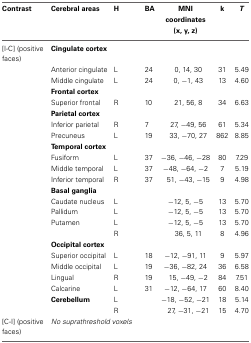
<table><thead><tr><td><b>Contrast</b></td><td><b>Cerebral areas</b></td><td><b>H</b></td><td><b>BA</b></td><td><b>MNI coordinates (x, y, z)</b></td><td><b>k</b></td><td><b><i>T</i></b></td></tr></thead><tbody><tr><td>[I-C] (positive faces)</td><td colspan="6"><b>Cingulate cortex</b></td></tr><tr><td></td><td>Anterior cingulate</td><td>L</td><td>24</td><td>0, 14, 30</td><td>31</td><td>5.49</td></tr><tr><td></td><td>Middle cingulate</td><td>L</td><td>24</td><td>0, −1, 43</td><td>13</td><td>4.60</td></tr><tr><td></td><td colspan="6"><b>Frontal cortex</b></td></tr><tr><td></td><td>Superior frontal</td><td>R</td><td>10</td><td>21, 56, 8</td><td>34</td><td>6.63</td></tr><tr><td></td><td colspan="6"><b>Parietal cortex</b></td></tr><tr><td></td><td>Inferior parietal</td><td>R</td><td>7</td><td>27, −49, 56</td><td>61</td><td>5.34</td></tr><tr><td></td><td>Precuneus</td><td>L</td><td>19</td><td>33, −70, 27</td><td>862</td><td>8.85</td></tr><tr><td></td><td colspan="6"><b>Temporal cortex</b></td></tr><tr><td></td><td>Fusiform</td><td>L</td><td>37</td><td>−36, −46, −28</td><td>80</td><td>7.29</td></tr><tr><td></td><td>Middle temporal</td><td>L</td><td>37</td><td>−48, −64, −2</td><td>7</td><td>5.19</td></tr><tr><td></td><td>Inferior temporal</td><td>R</td><td>37</td><td>51, −43, −15</td><td>9</td><td>4.98</td></tr><tr><td></td><td colspan="6"><b>Basal ganglia</b></td></tr><tr><td></td><td>Caudate nucleus</td><td>L</td><td></td><td>−12, 5, −5</td><td>13</td><td>5.70</td></tr><tr><td></td><td>Pallidum</td><td>L</td><td></td><td>−12, 5, −5</td><td>13</td><td>5.70</td></tr><tr><td></td><td>Putamen</td><td>L</td><td></td><td>−12, 5, −5</td><td>13</td><td>5.70</td></tr><tr><td></td><td></td><td>R</td><td></td><td>36, 5, 11</td><td>8</td><td>4.96</td></tr><tr><td></td><td colspan="6"><b>Occipital cortex</b></td></tr><tr><td></td><td>Superior occipital</td><td>L</td><td>18</td><td>−12, −91, 11</td><td>9</td><td>5.97</td></tr><tr><td></td><td>Middle occipital</td><td>L</td><td>19</td><td>−36, −82, 24</td><td>36</td><td>6.58</td></tr><tr><td></td><td>Lingual</td><td>R</td><td>19</td><td>15, −49, −2</td><td>84</td><td>7.51</td></tr><tr><td></td><td>Calcarine</td><td>L</td><td>31</td><td>−12, −64, 17</td><td>60</td><td>8.40</td></tr><tr><td></td><td><b>Cerebellum</b></td><td>L</td><td></td><td>−18, −52, −21</td><td>18</td><td>5.14</td></tr><tr><td></td><td></td><td>R</td><td></td><td>27, −31, −21</td><td>15</td><td>4.70</td></tr><tr><td>[C-I] (positive faces)</td><td colspan="2"><i>No suprathreshold voxels</i></td><td></td><td></td><td></td><td></td></tr></tbody></table>